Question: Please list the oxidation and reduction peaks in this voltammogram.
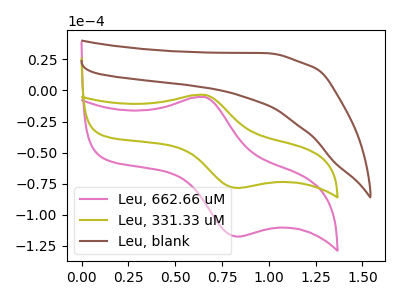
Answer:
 <answer>The pink curve "Leu, 662.66 uM" has an anodic peak at (0.65V, -5.35uA) and a cathodic peak at (0.85V, -117.65uA). The olive curve "Leu, 331.33 uM" has an anodic peak at (0.65V, -3.55uA) and a cathodic peak at (0.85V, -78.50uA). The brown curve "Leu, blank" has no peaks.</answer>
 <eval></eval>